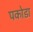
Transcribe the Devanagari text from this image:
पकोडा